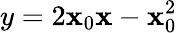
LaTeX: y=2\mathbf{x}_{0}\mathbf{x}-\mathbf{x}_{0}^{2}